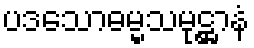
ပဒသောဓမ္မသမုဋ္ဌာနံ